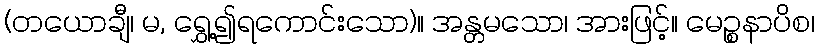
(တယောချီ၊ မ, ရွှေ့၍ရကောင်းသော)။ အန္တမသော၊ အားဖြင့်။ မေဉ္စနာပိစ၊